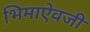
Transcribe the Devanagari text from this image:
भिमाऐवजी